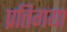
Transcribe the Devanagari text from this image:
प्रतिगया